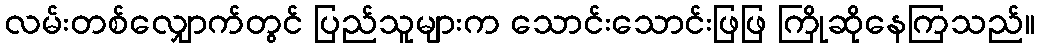
လမ်းတစ်လျှောက်တွင် ပြည်သူများက သောင်းသောင်းဖြဖြ ကြိုဆိုနေကြသည်။